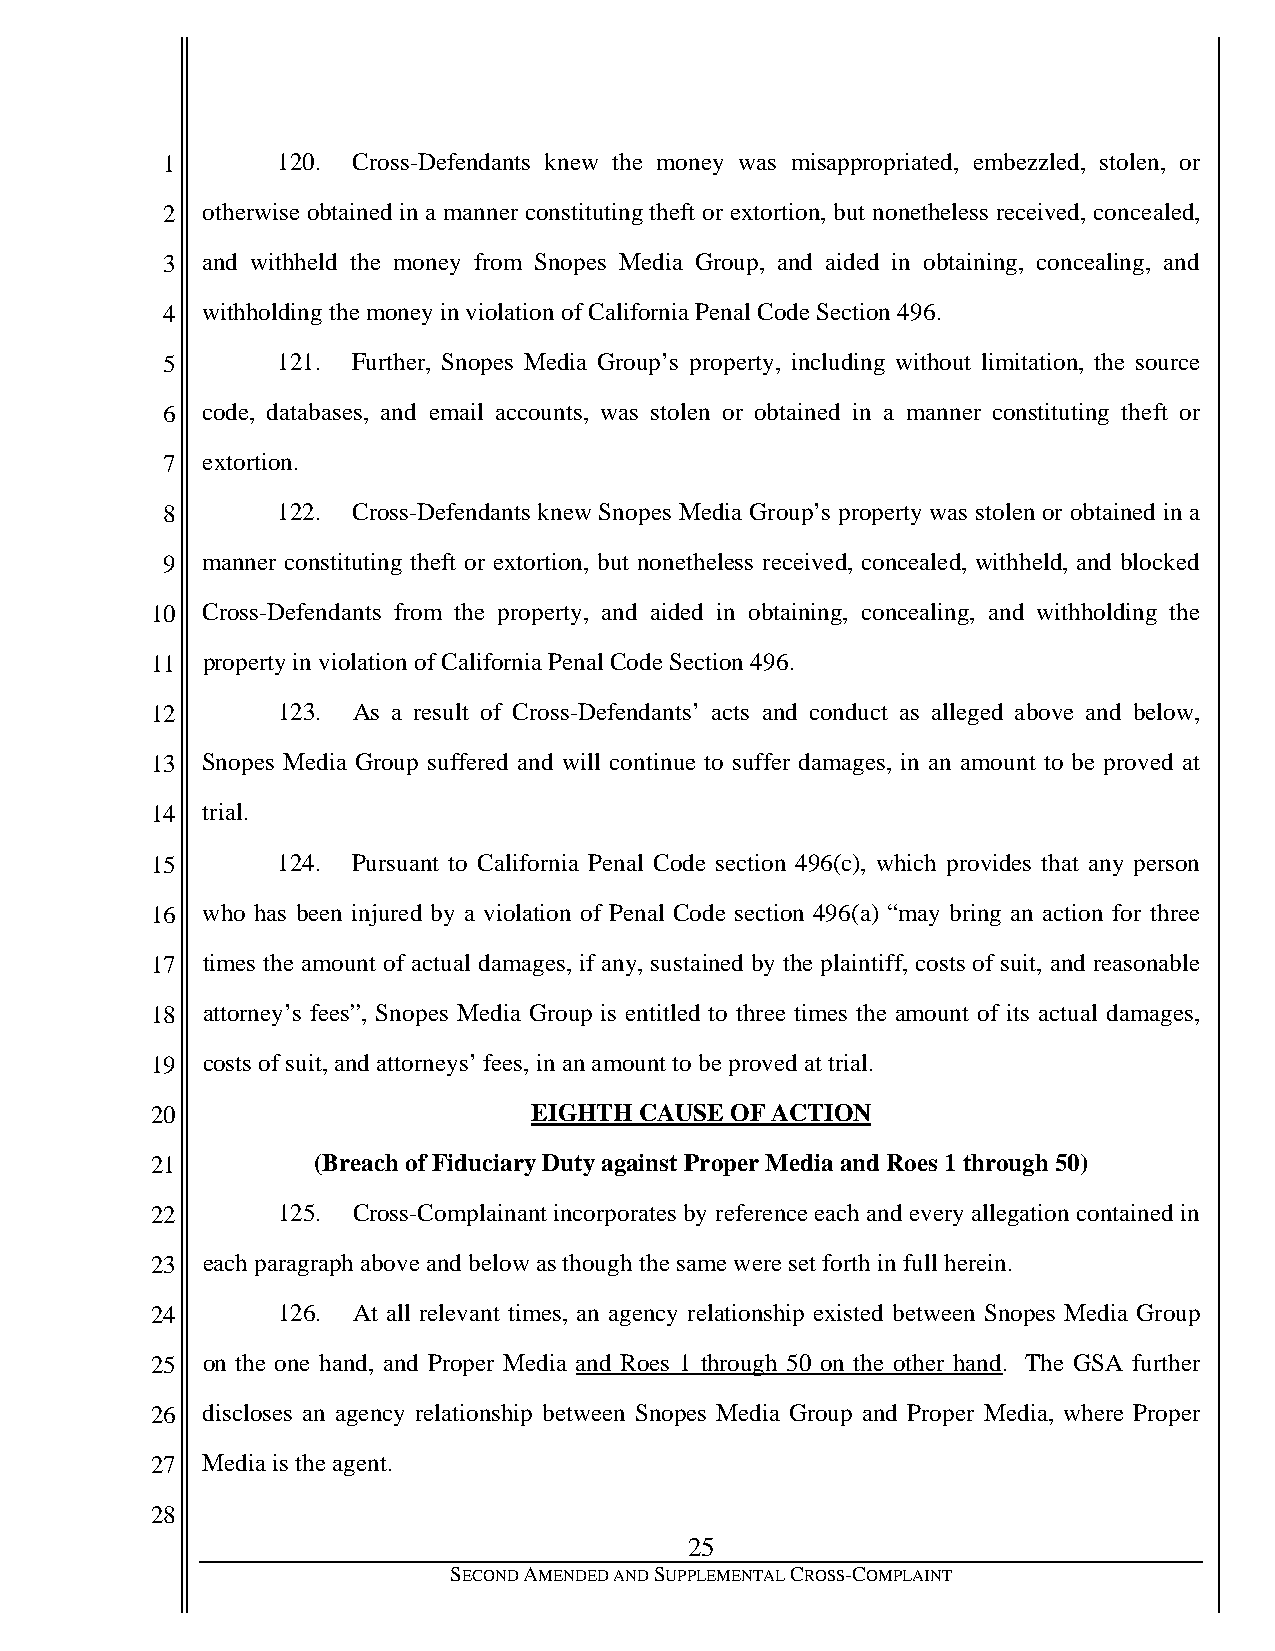
1      120. Cross-Defendants knew the money was misappropriated, embezzled, stolen, or
 2 otherwise obtained in a manner constituting theft or extortion, but nonetheless received, concealed,
 3 and withheld the money from Snopes Media Group, and aided in obtaining, concealing, and
 4 withholding the money in violation of California Penal Code Section 496.
 5      121. Further, Snopes Media Group’s property, including without limitation, the source
 6 code, databases, and email accounts, was stolen or obtained in a manner constituting theft or
 7 extortion.
 8      122. Cross-Defendants knew Snopes Media Group’s property was stolen or obtained in a
 9 manner constituting theft or extortion, but nonetheless received, concealed, withheld, and blocked
 10 Cross-Defendants from the property, and aided in obtaining, concealing, and withholding the
 11 property in violation of California Penal Code Section 496.
 12      123. As a result of Cross-Defendants’ acts and conduct as alleged above and below,
 13 Snopes Media Group suffered and will continue to suffer damages, in an amount to be proved at
 14 trial.
 15      124. Pursuant to California Penal Code section 496(c), which provides that any person
 16 who has been injured by a violation of Penal Code section 496(a) “may bring an action for three
 17 times the amount of actual damages, if any, sustained by the plaintiff, costs of suit, and reasonable
 18 attorney’s fees”, Snopes Media Group is entitled to three times the amount of its actual damages,
 19 costs of suit, and attorneys’ fees, in an amount to be proved at trial.
 20                       EIGHTH CAUSE OF ACTION
 21         (Breach of Fiduciary Duty against Proper Media and Roes 1 through 50)
 22      125. Cross-Complainant incorporates by reference each and every allegation contained in
 23 each paragraph above and below as though the same were set forth in full herein.
 24      126. At all relevant times, an agency relationship existed between Snopes Media Group
 25 on the one hand, and Proper Media and Roes 1 through 50 on the other hand. The GSA further
 26 discloses an agency relationship between Snopes Media Group and Proper Media, where Proper
 27 Media is the agent.
 28
 25
 SECOND AMENDED AND SUPPLEMENTAL CROSS-COMPLAINT